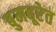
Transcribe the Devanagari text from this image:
बुमबूरेत